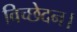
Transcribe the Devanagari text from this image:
विच्छेदन।